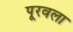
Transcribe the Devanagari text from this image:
पूरवला